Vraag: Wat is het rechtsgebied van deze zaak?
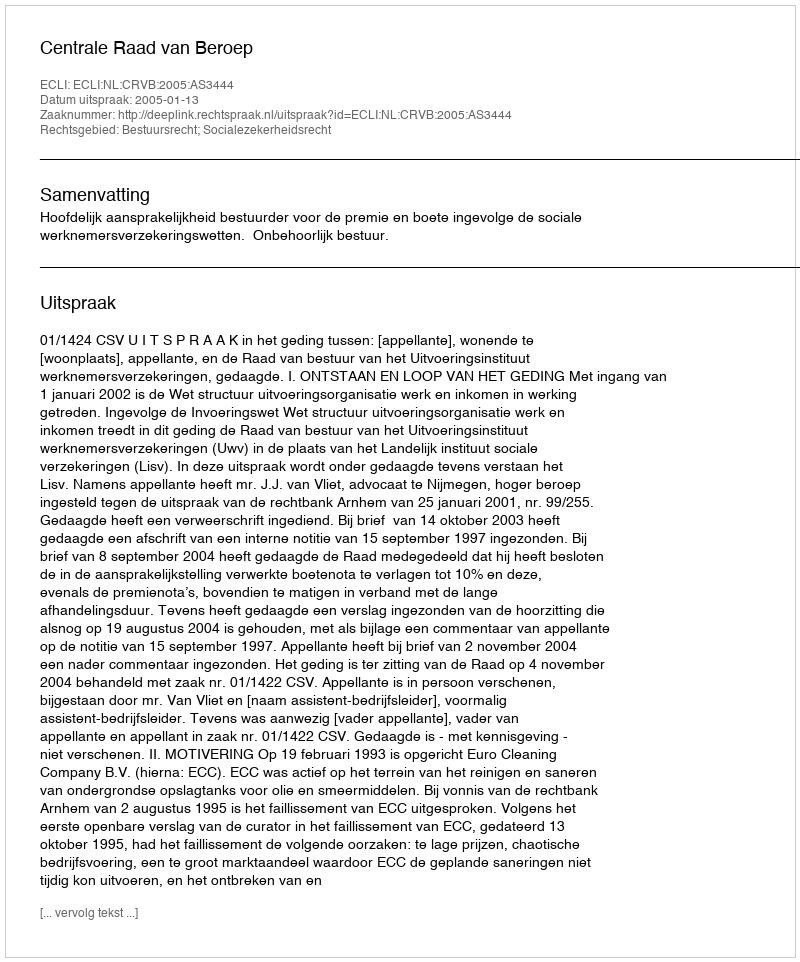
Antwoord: Bestuursrecht; Socialezekerheidsrecht